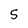
Character: 5